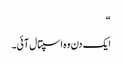
“
ایک دن وہ اسپتال آئی۔